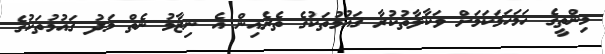
މިންތީގެ ހަމަހަމަކަމަށް ވަކާލާތުކުރާ ޤައުމުތަކުގެ ތެރެއިން އެ ނިޒާމު ނެތް މަދު ޤައުމުތަކުގެ